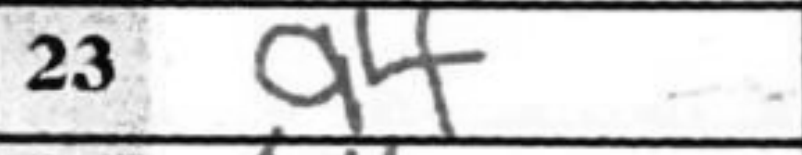
Transcription: a4